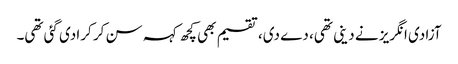
آزادی انگریز نے دینی تھی، دے دی، تقسیم بھی کچھ کہہ سن کر کرا دی گئی تھی۔